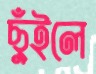
ছুঁইলে